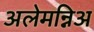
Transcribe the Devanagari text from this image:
अलेमन्निअ